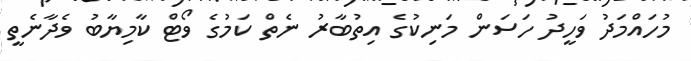
މުހައްމަދު ވަހީދު ހަސަން މަނިކުގެ އިތުބާރު ނެތް ކަމުގެ ވޯޓް ކާމިޔާބު ވެދާނެތީ